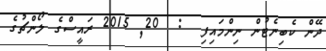
ދޭން ކެބިނެޓުން ނިންމައިފި  :  20